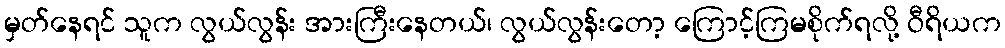
မှတ်နေရင် သူက လွယ်လွန်း အားကြီးနေတယ်၊ လွယ်လွန်းတော့ ကြောင့်ကြမစိုက်ရလို့ ဝီရိယက